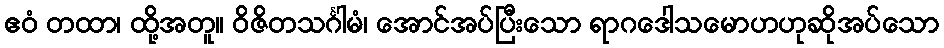
ဧဝံ တထာ၊ ထို့အတူ။ ဝိဇိတသင်္ဂါမံ၊ အောင်အပ်ပြီးသော ရာဂဒေါသမောဟဟုဆိုအပ်သော